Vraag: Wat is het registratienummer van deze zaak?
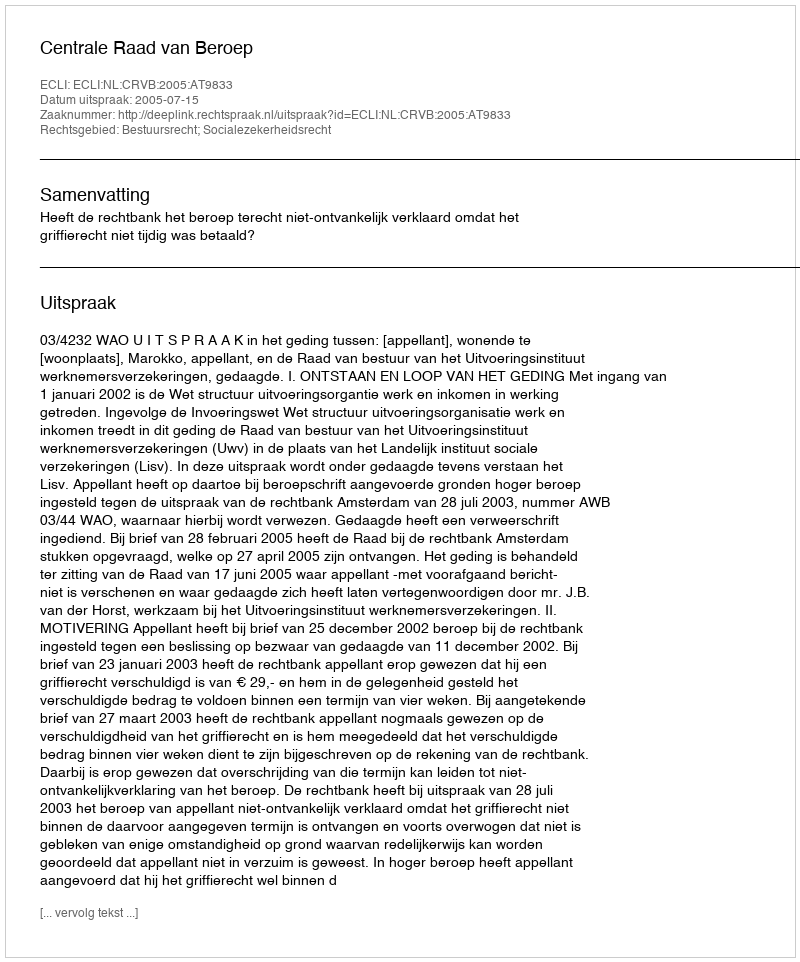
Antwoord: http://deeplink.rechtspraak.nl/uitspraak?id=ECLI:NL:CRVB:2005:AT9833